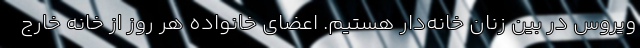
ویروس در بین زنان خانه‌دار هستیم. اعضای خانواده هر روز از خانه خارج